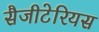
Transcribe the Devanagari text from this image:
सैजीटेरियस